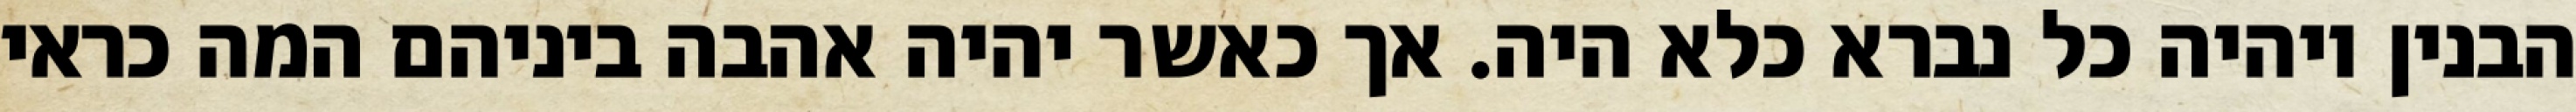
הבנין ויהיה כל נברא כלא היה. אך כאשר יהיה אהבה ביניהם המה כראי